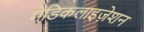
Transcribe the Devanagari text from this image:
मेडिकलाइज़ेशन